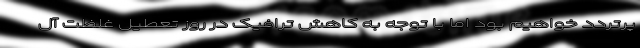
پرتردد خواهیم بود اما با توجه به کاهش ترافیک در روز تعطیل غلظت آل